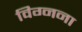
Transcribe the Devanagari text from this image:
विग्नना